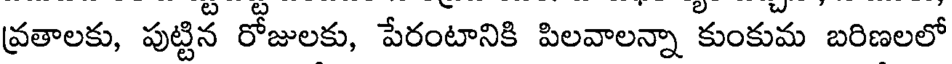
వ్రతాలకు, పుట్టిన రోజులకు, పేరంటానికి పిలవాలన్నా కుంకుమ బరిణలలో